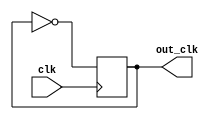
module frequency_div2 (clk, out_clk);
output reg out_clk;
input clk;
always @(posedge clk)
begin
     out_clk <= ~out_clk;	
end
endmodule